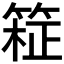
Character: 𫂊